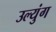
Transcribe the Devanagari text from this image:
उल्युंग